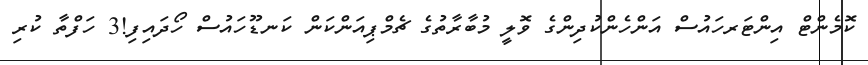
ކޮމެންޓް އިންޓަރހައުސް އަންހެންކުދިންގެ ވޮލީ މުބާރާތުގެ ޗެމްޕިއަންކަން ކަނޑޫހައުސް ހޯދައިފި!3 ހަފްތާ ކުރި